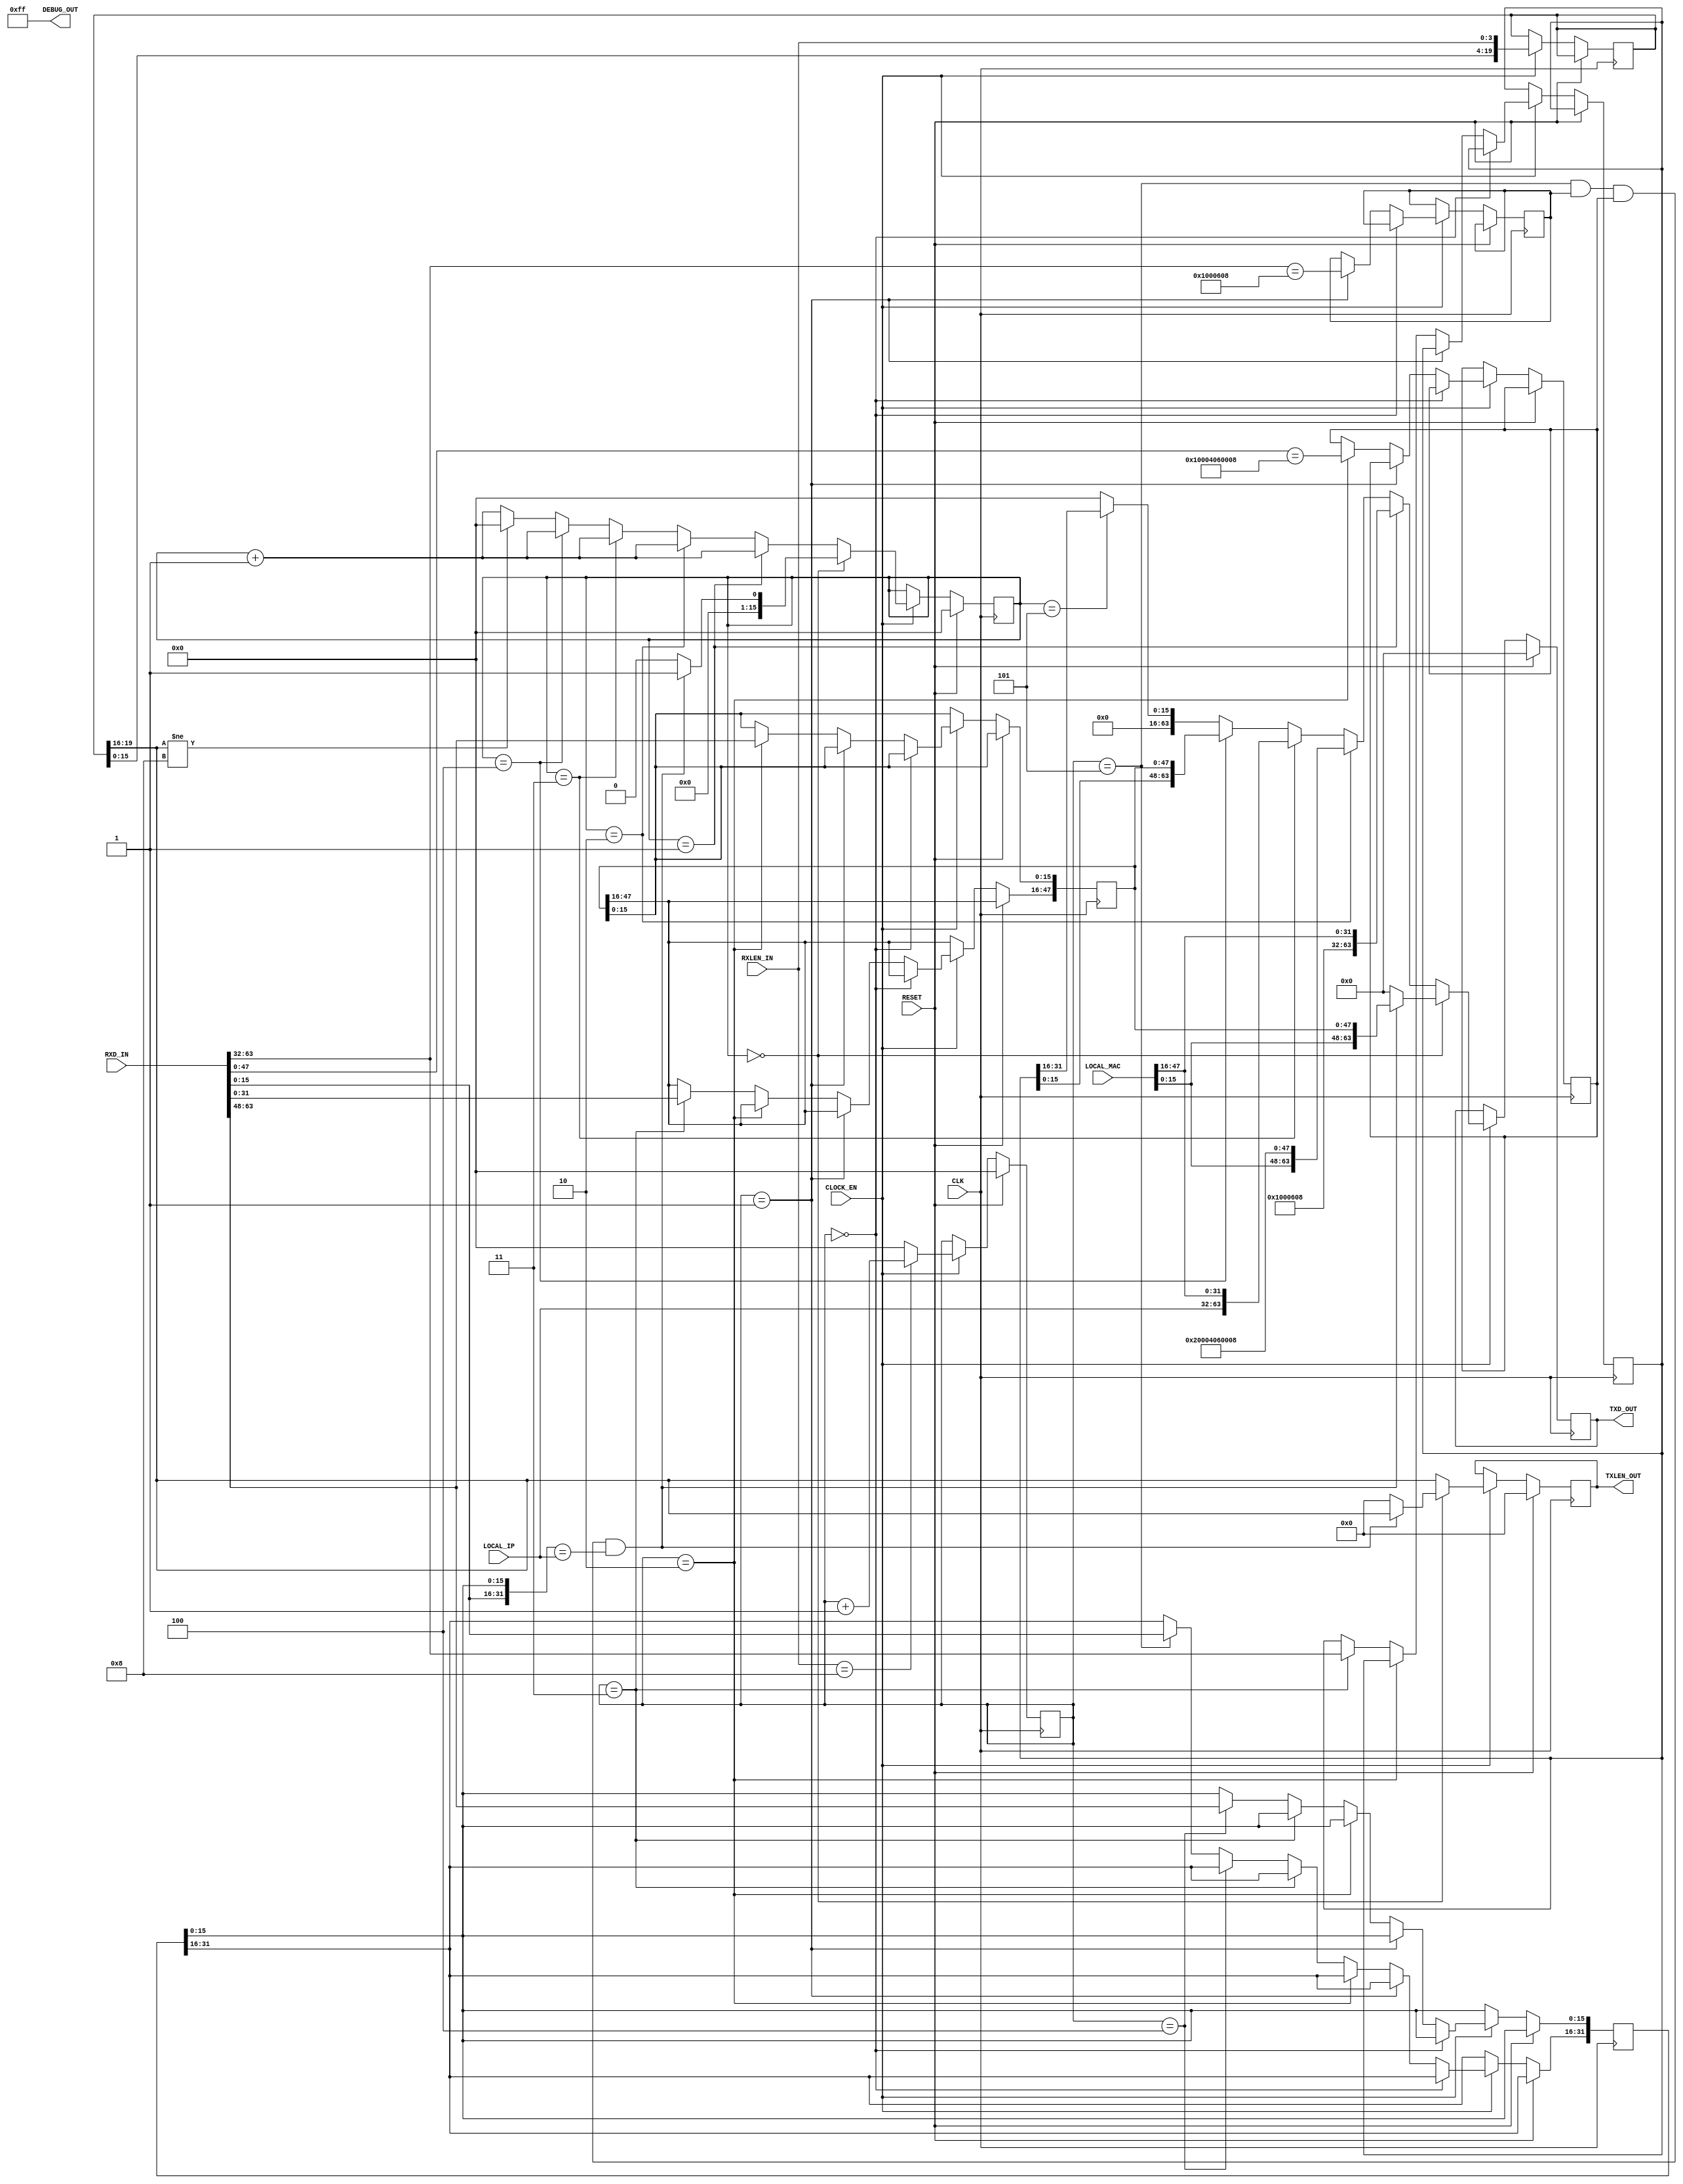

// Copyright (C) Akira Higuchi  ( https://github.com/ahiguti )
// Copyright (C) DeNA Co.,Ltd. ( https://dena.com )
// All rights reserved.
// See COPYRIGHT.txt for details


module xgmii_arp_resp(
input CLK,
input RESET,
input [47:0] LOCAL_MAC,
input [31:0] LOCAL_IP,
input CLOCK_EN,
input [3:0] RXLEN_IN,
input [63:0] RXD_IN,
output [3:0] TXLEN_OUT,
output [63:0] TXD_OUT,
output [15:0] DEBUG_OUT
);

// 22:00:00:00:00:01, 192.168.200.3
// localparam LOCAL_MAC = 48'h010000000022;
// localparam LOCAL_IP = { 8'd3, 8'd200, 8'd168, 8'd192 };

reg [15:0] rxoffset;
reg [47:0] rx_src_mac;
reg [47:0] rx_dest_mac;
reg rx_is_arp;
reg rx_is_arpreq;
reg [31:0] rx_src_ip;
reg [31:0] rx_dest_ip;
reg [15:0] txoffset;
reg [63:0] txd;
reg [3:0] txlen;
reg [64*5-1:0] rxd_shiftreg;
reg [4*5-1:0] rxlen_shiftreg;

wire [63:0] rxd_copy = rxd_shiftreg[64*4+63:64*4];
wire [3:0] rxlen_copy = rxlen_shiftreg[4*4+3:4*4];

function [15:0] bswap;
input [15:0] x;
begin
    bswap = { x[7:0], x[15:8] };
end
endfunction

assign TXD_OUT = txd;
assign TXLEN_OUT = txlen;
assign DEBUG_OUT = 8'hff;

always @(posedge CLK) begin
    if (RESET) begin
        rxoffset <= 0;
        txoffset <= 0;
        txd <= 0;
        txlen <= 0;
    end else if (!CLOCK_EN) begin
        // do nothing
    end else begin
        rxd_shiftreg <= { rxd_shiftreg, RXD_IN };
        rxlen_shiftreg <= { rxlen_shiftreg, RXLEN_IN };
        rxoffset <= RXLEN_IN == 8 ? rxoffset + 1 : 0;
        if (rxoffset == 0) begin
            // rx_src_mac[15:0] <= RXD_IN[63:48];
        end else if (rxoffset == 1) begin
            // rx_src_mac[47:16] <= RXD_IN[31:0];
            rx_is_arp <= (RXD_IN[63:32] == 32'h01000608);
        end else if (rxoffset == 2) begin
            rx_is_arpreq <= (RXD_IN[47:0] == 48'h010004060008);
            rx_src_mac[15:0] <= RXD_IN[63:48];
        end else if (rxoffset == 3) begin
            rx_src_mac[47:16] <= RXD_IN[31:0];
            rx_src_ip <= RXD_IN[63:32];
        end else if (rxoffset == 4) begin
            rx_dest_mac <= RXD_IN[47:0];
            rx_dest_ip[15:0] <= RXD_IN[63:48];
        end else if (rxoffset == 5) begin
            rx_dest_ip[31:16] <= RXD_IN[15:0];
        end else begin
        end
        txoffset <= txoffset + 1;
        if (txoffset == 0) begin
            txd <= 0;
            txlen <= 0;
            txoffset <= 0;
            if (rxoffset == 5 && rx_is_arp && rx_is_arpreq &&
                { RXD_IN[15:0], rx_dest_ip[15:0] } == LOCAL_IP) begin
                txd <= { LOCAL_MAC[15:0], rx_src_mac };
                txlen <= rxlen_copy;
                txoffset <= 1;
            end
        end else if (txoffset == 1) begin
            txd <= { 32'h01000608, LOCAL_MAC[47:16] };
            txlen <= rxlen_copy;
        end else if (txoffset == 2) begin
            txd <= { LOCAL_MAC[15:0], 48'h020004060008 };
            txlen <= rxlen_copy;
        end else if (txoffset == 3) begin
            txd <= { LOCAL_IP, LOCAL_MAC[47:16] };
            txlen <= rxlen_copy;
        end else if (txoffset == 4) begin
            txd <= { rx_src_ip[15:0], rx_src_mac };
            txlen <= rxlen_copy;
        end else if (txoffset == 5) begin
            txd <= { 48'h0, rx_src_ip[31:16] };
            txlen <= rxlen_copy;
            if (rxlen_copy !=8) begin
                txoffset <= 0;
            end
        end else begin
            txd <= 0;
            txlen <= rxlen_copy;
            if (rxlen_copy != 8) begin
                txoffset <= 0;
            end
        end
    end
end

endmodule